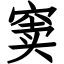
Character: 窦